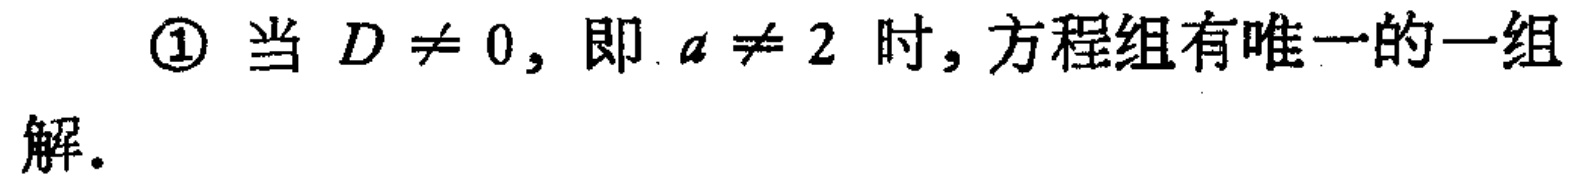
\textcircled{1} 当 \(D\neq 0\)，即 \(a\neq 2\) 时，方程组有唯一的一组解。